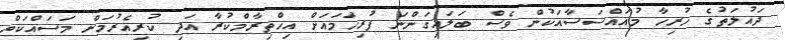
ދައުލަތުގެ ހުރިހާ މުއައްސަސާއަކުން ވެސް ބަލައިގަންނަ ފުރިހަމައަށް އިހްތިރާމްކުރާ އަދި ކުރިއެރުމަށް މަސައްކަތް